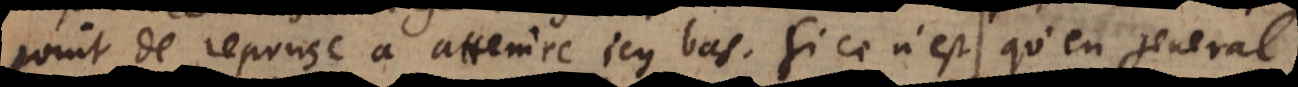
point de reponse à attendre icy bas, si ce n’est qu’en general